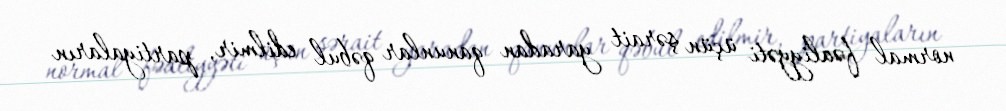
normal fəaliyyəti üçün şərait yaradan qanunlar qəbul edilmir, partiyaların